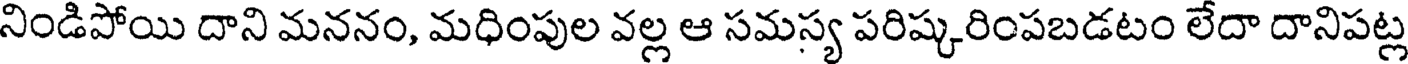
నిండిపోయి దాని మననం, మధింపుల వల్ల ఆ సమస్య పరిష్కరింపబడటం లేదా దానిపట్ల